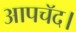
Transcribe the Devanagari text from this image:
आपचॅद।